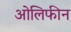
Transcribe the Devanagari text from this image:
ओलिफीन